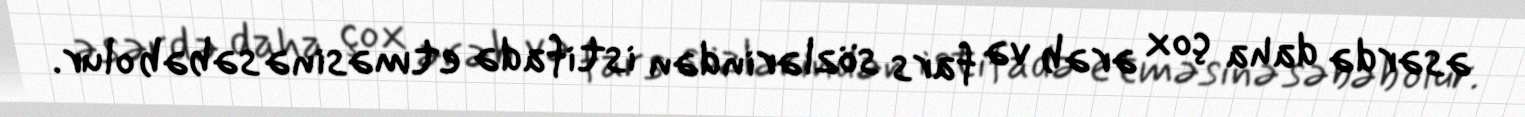
əsərdə daha çox ərəb və fars sözlərindən istifadə etməsinə səbəb olur.